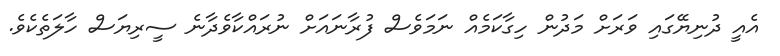
އެއީ ދުނިޔޭގައި ވަރަށް މަދުން ހިގާކަމެއް ނަމަވެސް ފުރާނައަށް ނުރައްކާވެދާނެ ސީރިޔަސް ހާލަތެކެވެ.